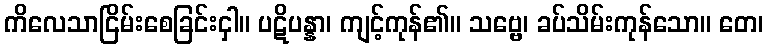
ကိလေသာငြိမ်းစေခြင်းငှါ။ ပဋိပန္နာ၊ ကျင့်ကုန်၏။ သဗ္ဗေ၊ ခပ်သိမ်းကုန်သော။ တေ၊